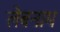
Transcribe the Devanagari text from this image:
लेबनाम